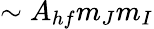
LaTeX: \sim A_{hf}m_{J}m_{I}